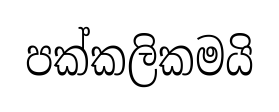
පක්කලිකමයි